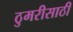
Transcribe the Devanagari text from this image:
ठुमरीसाठी